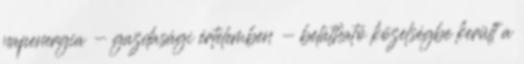
napenergia - gazdasági értelemben - belátható közelségbe került a